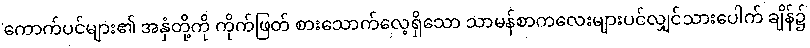
ကောက်ပင်များ၏ အနှံတို့ကို ကိုက်ဖြတ် စားသောက်လေ့ရှိသော သာမန်စာကလေးများပင်လျှင်သားပေါက် ချိန်၌